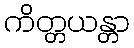
ကိတ္တယန္တာ